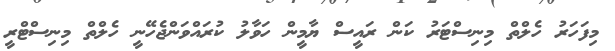
މިފަހަރު ހެލްތް މިނިސްޓަރު ކަން ރައީސް ޔާމީން ހަވާލު ކުރައްވަންޖެހޭނީ ހެލްތް މިނިސްޓްރީ